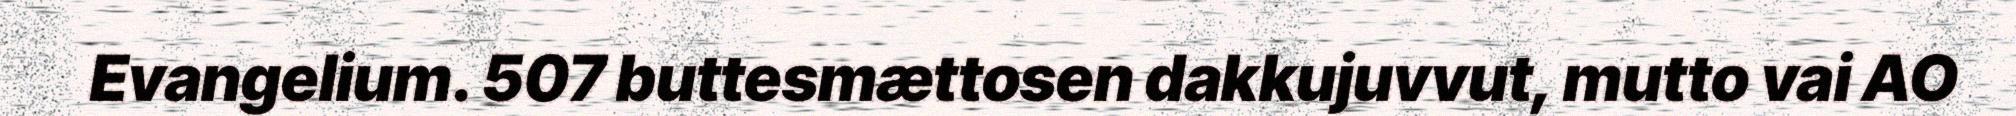
Evangelium. 507 buttesmættosen dakkujuvvut, mutto vai AO